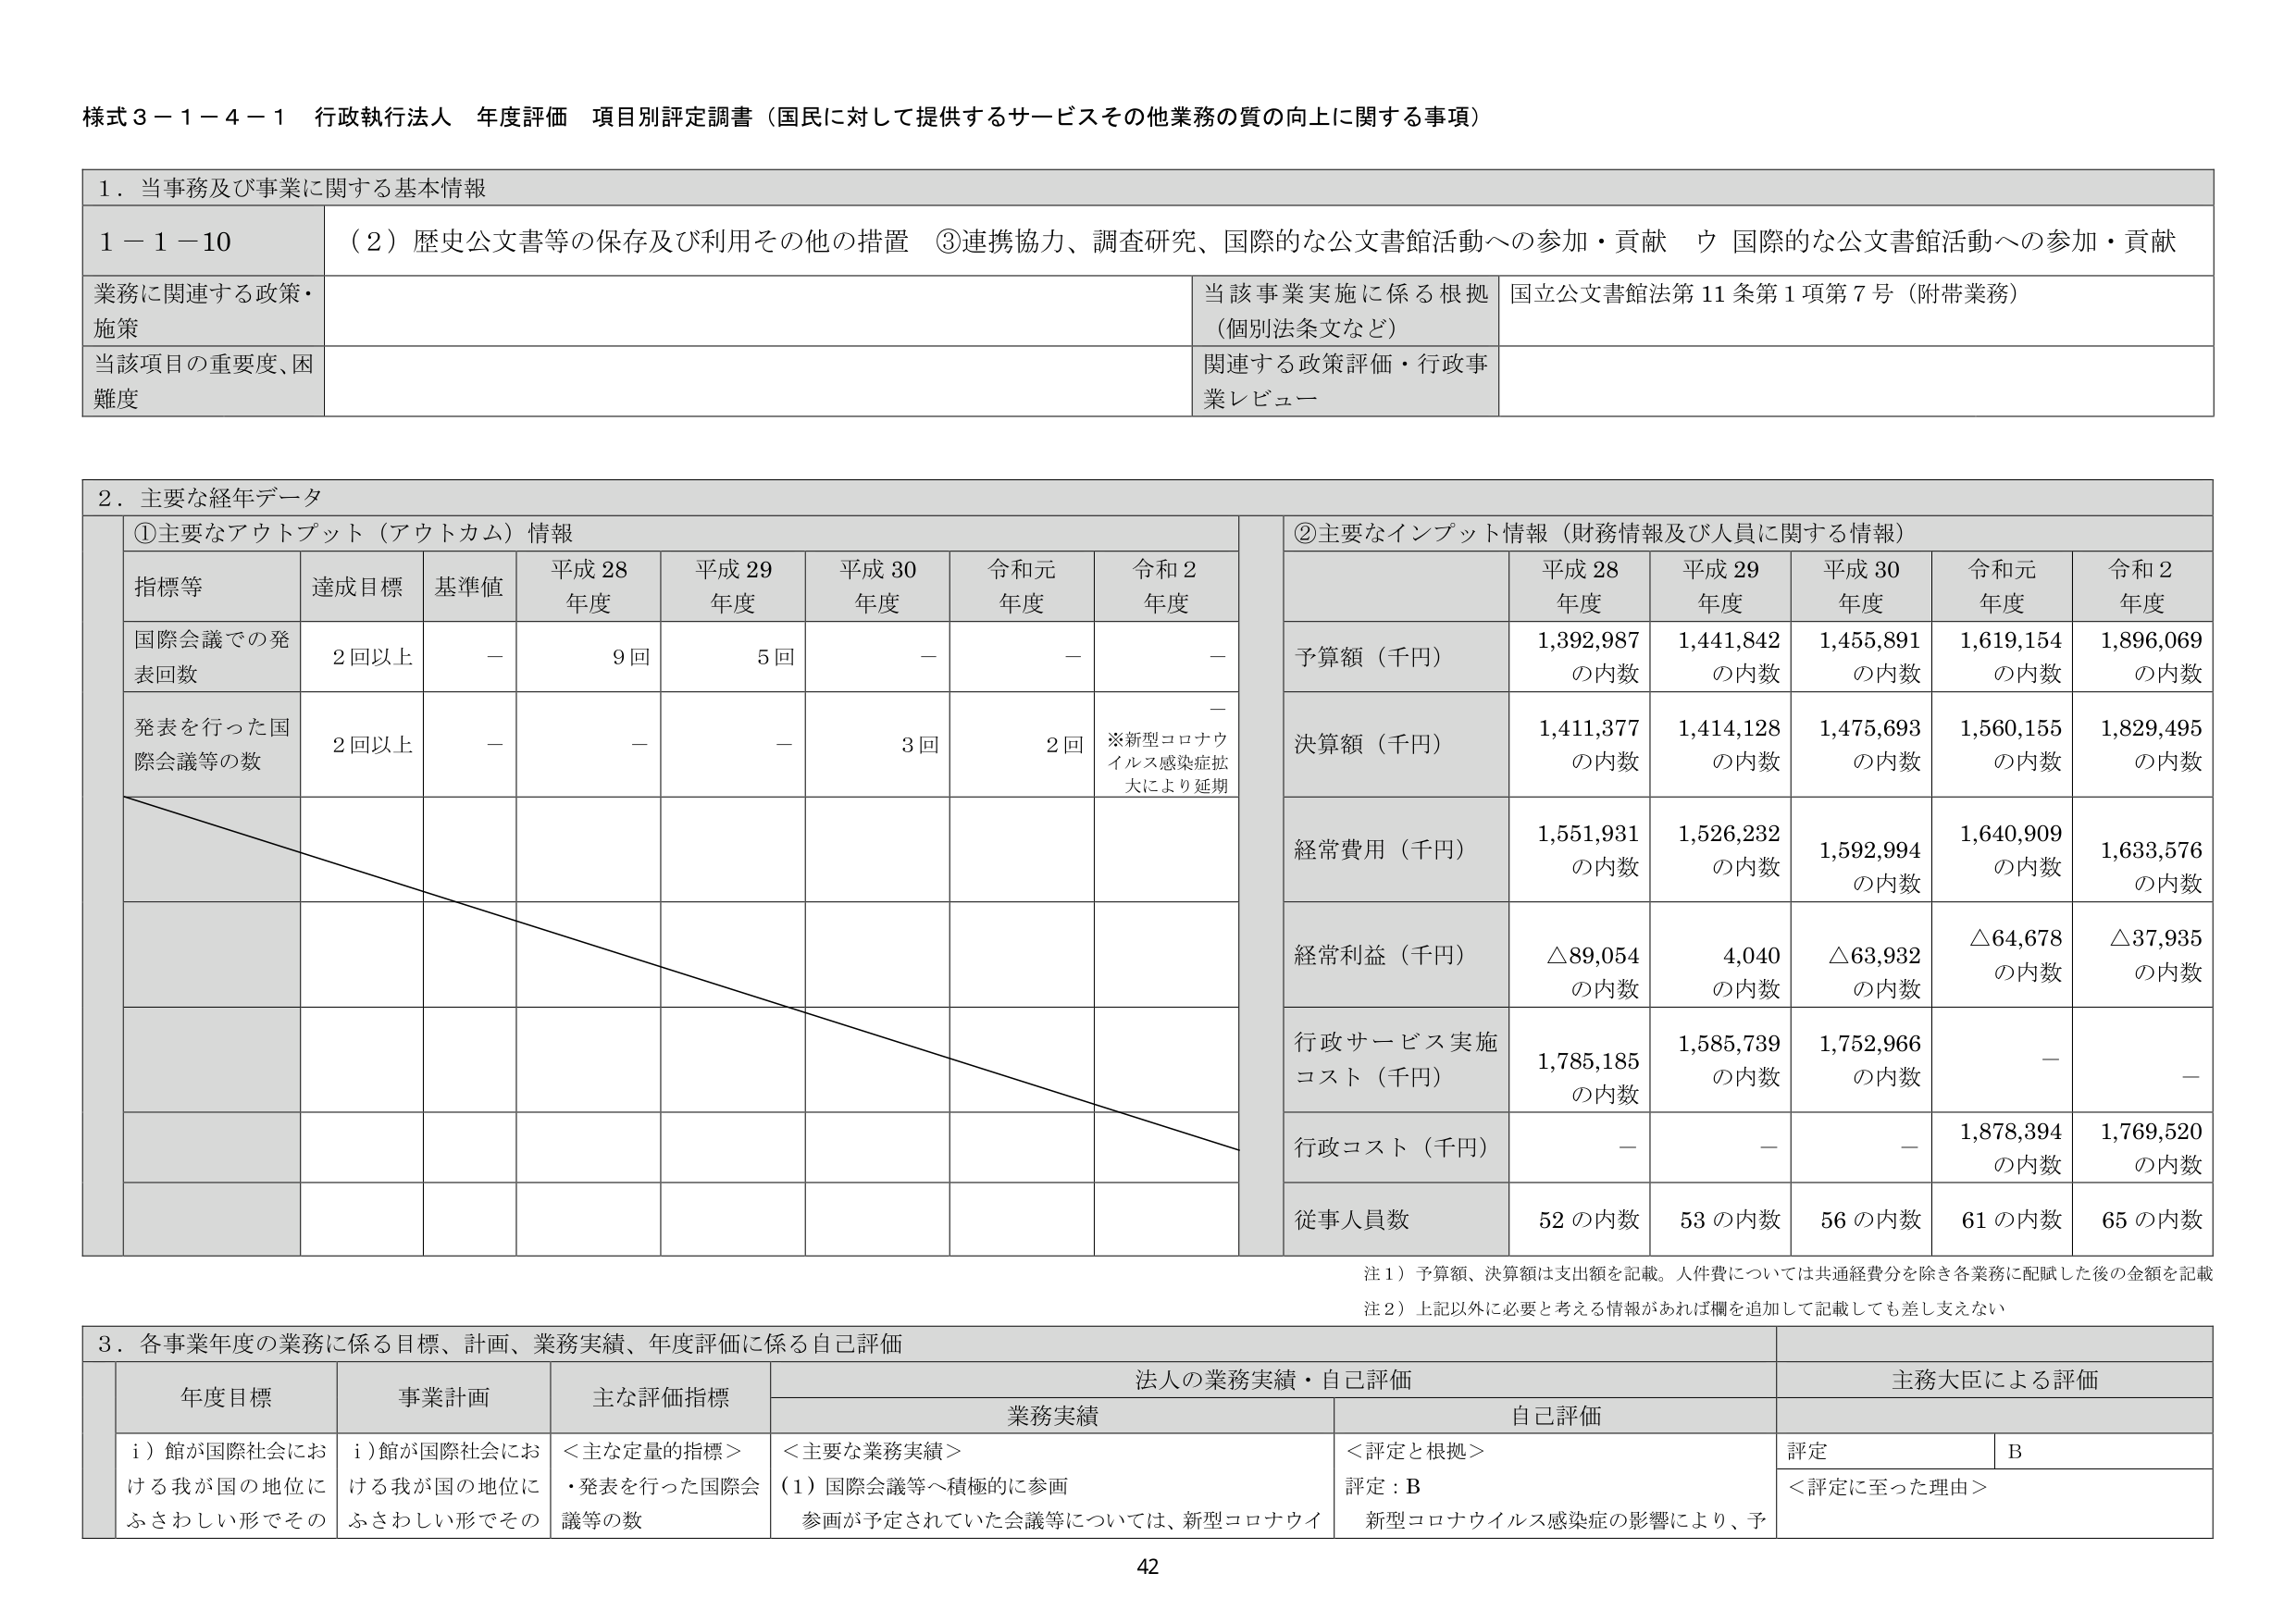
様式３－１－４－１ 行政執行法人 年度評価 項目別評定調書（国民に対して提供するサービスその他業務の質の向上に関する事項）

１．当事務及び事業に関する基本情報

１－１－１０ （２）歴史公文書等の保存及び利用その他の措置 ③連携協力、調査研究、国際的な公文書館活動への参加・貢献 ウ 国際的な公文書館活動への参加・貢献

業務に関連する政策・施策 当該事業実施に係る根拠（個別法条文など） 国立公文書館法第11条第1項第7号（附帯業務）

当該項目の重要度、困難度 関連する政策評価・行政事業レビュー

２．主要な経年データ

①主要なアウトプット（アウトカム）情報

指標等 達成目標 基準値 平成28年度 平成29年度 平成30年度 令和元年度 令和2年度

国際会議での発表回数 2回以上 － 9回 5回 － － －

発表を行った国際会議等の数 2回以上 － － － 3回 2回 ※新型コロナウイルス感染症拡大により延期

②主要なインプット情報（財務情報及び人員に関する情報）

予算額（千円） 平成28年度 平成29年度 平成30年度 令和元年度 令和2年度

1,392,987 の内数 1,441,842 の内数 1,455,891 の内数 1,619,154 の内数 1,896,069 の内数

決算額（千円） 1,411,377 の内数 1,414,128 の内数 1,475,693 の内数 1,560,155 の内数 1,829,495 の内数

経常費用（千円） 1,551,931 の内数 1,526,232 の内数 1,592,994 の内数 1,640,909 の内数 1,633,576 の内数

経常利益（千円） △89,054 の内数 4,040 の内数 △63,932 の内数 △64,678 の内数 △37,935 の内数

行政サービス実施コスト（千円） 1,785,185 の内数 1,585,739 の内数 1,752,966 の内数 － －

行政コスト（千円） － － － 1,878,394 の内数 1,769,520 の内数

従事人員数 52の内数 53の内数 56の内数 61の内数 65の内数

注１）予算額、決算額は支出額を記載。人件費については共通経費分を除き各業務に配賦した後の金額を記載

注２）上記以外に必要と考える情報があれば欄を追加して記載しても差し支えない

３．各事業年度の業務に係る目標、計画、業務実績、年度評価に係る自己評価

年度目標 事業計画 主な評価指標 法人の業務実績・自己評価 主務大臣による評価

業務実績 自己評価

ｉ）館が国際社会における我が国の地位にふさわしい形でその ｉ）館が国際社会における我が国の地位にふさわしい形でその ＜主な定量的指標＞ ・発表を行った国際会議等の数 ＜主要な業務実績＞ （１）国際会議等へ積極的に参画 参画が予定されていた会議等については、新型コロナウイ ＜評定と根拠＞ 評定：B 新型コロナウイルス感染症の影響により、予 評定 B ＜評定に至った理由＞

42